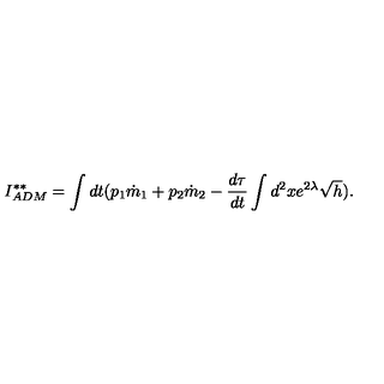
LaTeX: I _ { A D M } ^ { * * } = \int d t ( p _ { 1 } \dot { m } _ { 1 } + p _ { 2 } \dot { m } _ { 2 } - \frac { d \tau } { d t } \int d ^ { 2 } x e ^ { 2 \lambda } \sqrt { h } ) .